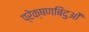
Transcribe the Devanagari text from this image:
प्रेक्षणबिंदुओं